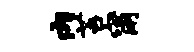
内苔甯